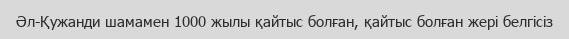
Әл-Қужанди шамамен 1000 жылы қайтыс болған, қайтыс болған жері белгісіз